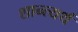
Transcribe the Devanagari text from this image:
शान्त्यर्थं